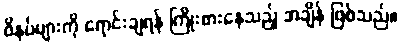
ဖိနပ်များကို ရောင်းချရန် ကြိုးစားနေသည့် အချိန် ဖြစ်သည်။